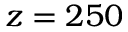
z = 2 5 0